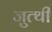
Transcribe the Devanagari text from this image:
जुत्थी